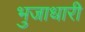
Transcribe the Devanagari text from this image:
भुजाधारी